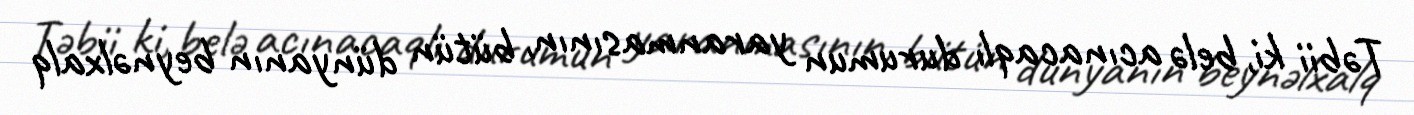
Təbii ki, belə acınacaqlı durumun yaranmasının, bütün dünyanın beynəlxalq